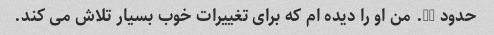
حدود 15. من او را دیده ام که برای تغییرات خوب بسیار تلاش می کند.